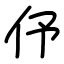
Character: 伃